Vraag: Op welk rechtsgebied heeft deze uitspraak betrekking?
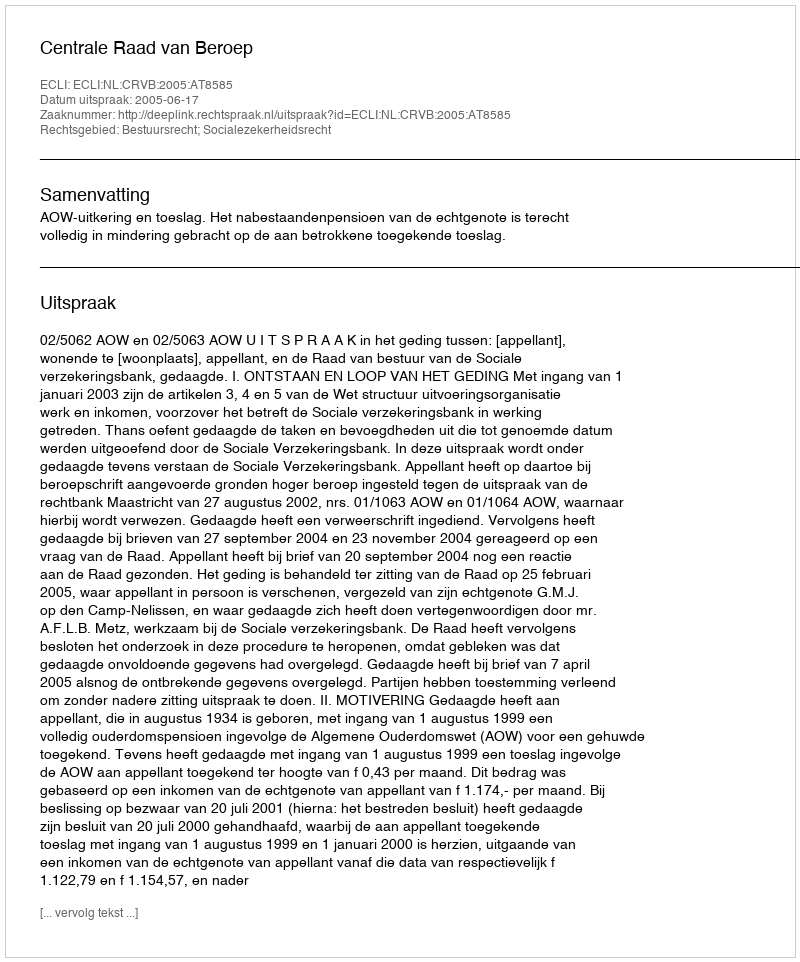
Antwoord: Bestuursrecht; Socialezekerheidsrecht